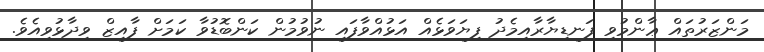
މަންޒަރުތައް ޢާންމުވި ފަނޑިޔާރާއިމެދު ފިޔަވަޅެއް އަޅުއްވާފައި ނުވުމުން ކަންބޮޑުވާ ކަމަށް ފާއިޒް ވިދާޅުވިއެވެ.